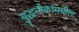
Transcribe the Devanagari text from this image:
युद्धनौकांमधील